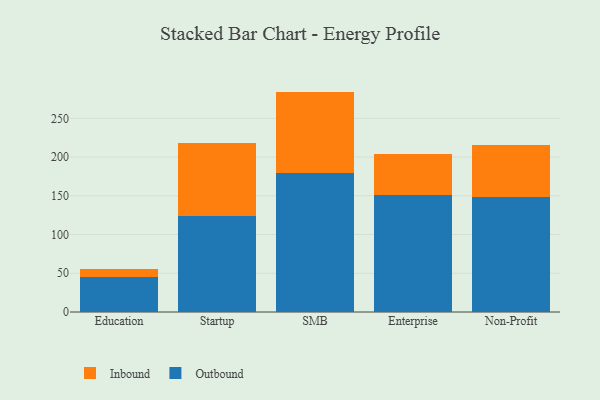
{"axis": {"x": "Segment", "y": "Page Views"}, "legend": ["Inbound", "Outbound"], "data": [{"x": "Education", "y": 44.6, "type": "Outbound"}, {"x": "Education", "y": 10.8, "type": "Inbound"}, {"x": "Startup", "y": 123.4, "type": "Outbound"}, {"x": "Startup", "y": 95.2, "type": "Inbound"}, {"x": "SMB", "y": 179.4, "type": "Outbound"}, {"x": "SMB", "y": 105.1, "type": "Inbound"}, {"x": "Enterprise", "y": 151.5, "type": "Outbound"}, {"x": "Enterprise", "y": 53.1, "type": "Inbound"}, {"x": "Non-Profit", "y": 148.3, "type": "Outbound"}, {"x": "Non-Profit", "y": 67.9, "type": "Inbound"}]}